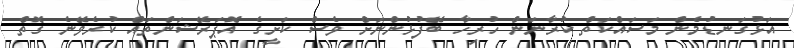
އަޅުގަނޑުމެން މަސައްކަތް ކުރާނަން ހުރިހާ ބޭފުޅުންނަށް ވެސް ކަށީގެ އޮޕަރޭޝަންތައް ކުރެވޭނެ ގޮތް